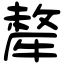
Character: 犛